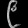
Digit: ၉